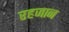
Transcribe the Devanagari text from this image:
रहजान